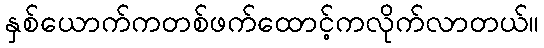
နှစ်ယောက်ကတစ်ဖက်ထောင့်ကလိုက်လာတယ်။